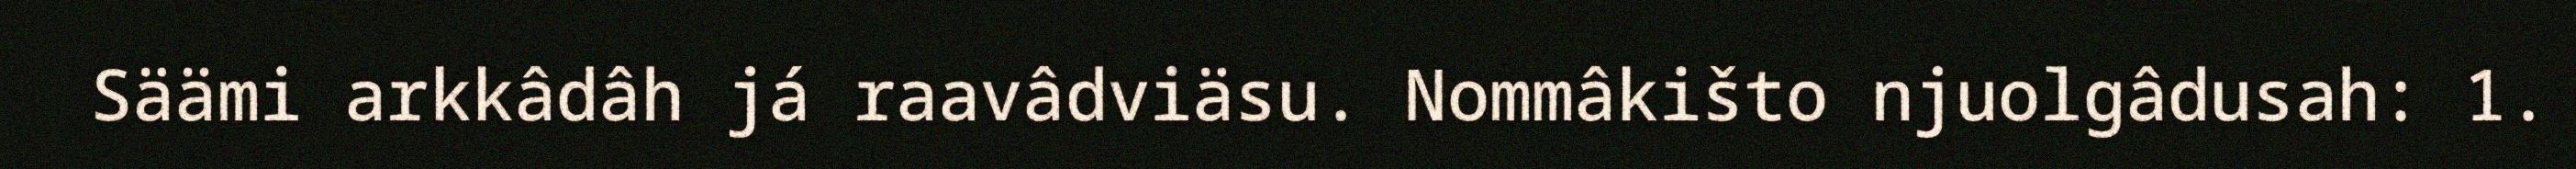
Säämi arkkâdâh já raavâdviäsu. Nommâkišto njuolgâdusah: 1.